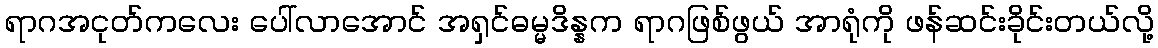
ရာဂအငုတ်ကလေး ပေါ်လာအောင် အရှင်ဓမ္မဒိန္နက ရာဂဖြစ်ဖွယ် အာရုံကို ဖန်ဆင်းခိုင်းတယ်လို့